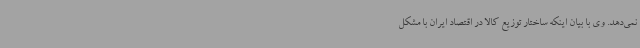
نمی‌دهد. وی با بیان اینکه ساختار توزیع کالا در اقتصاد ایران با مشکل